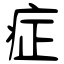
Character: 症